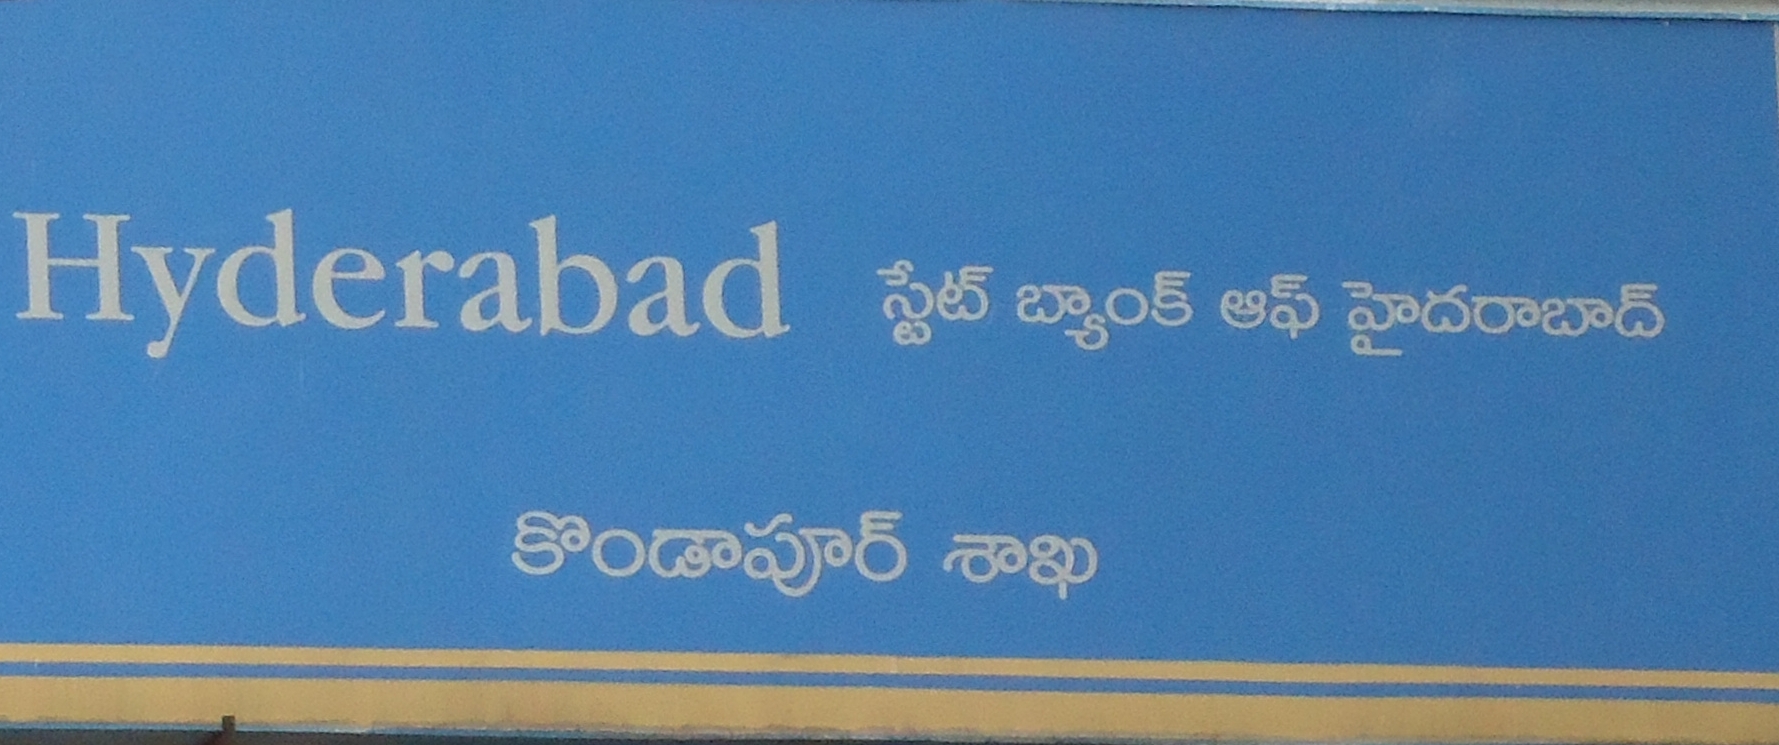
Language: telugu
Transcription: బ్యాంక్ హైదరబాద్ శాఖ కొండాపూర్ స్టేట్